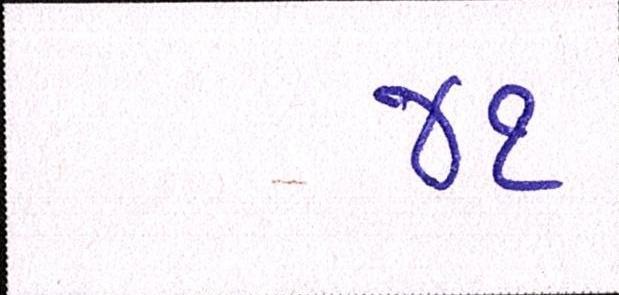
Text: ૪૧